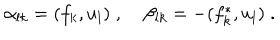
\alpha _ { l k } = ( f _ { k } , u _ { l } ) \; , \; \beta _ { l k } = - ( f _ { k } ^ { * } , u _ { l } ) \; .